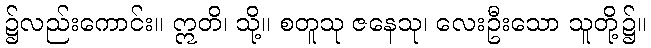
၌လည်းကောင်း။ ဣတိ၊ သို့။ စတူသု ဇနေသု၊ လေးဦးသော သူတို့၌။